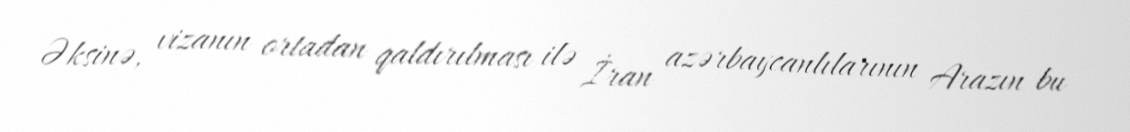
Əksinə, vizanın ortadan qaldırılması ilə İran azərbaycanlılarının Arazın bu